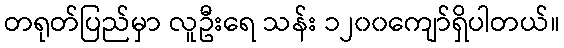
တရုတ်ပြည်မှာ လူဦးရေ သန်း ၁၂၀၀ကျော်ရှိပါတယ်။